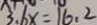
3 . 6 x = 1 6 . 2